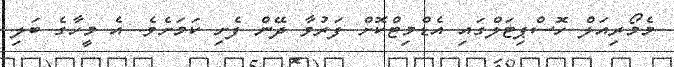
މެމޯރިއަލް ހޮސްޕިޓަލްގައި އެޑްމިޓްކޮށް ފަރުވާ ދޭން ފެށި ކަމަށެވެ. އެ މީހާގެ ބަލި